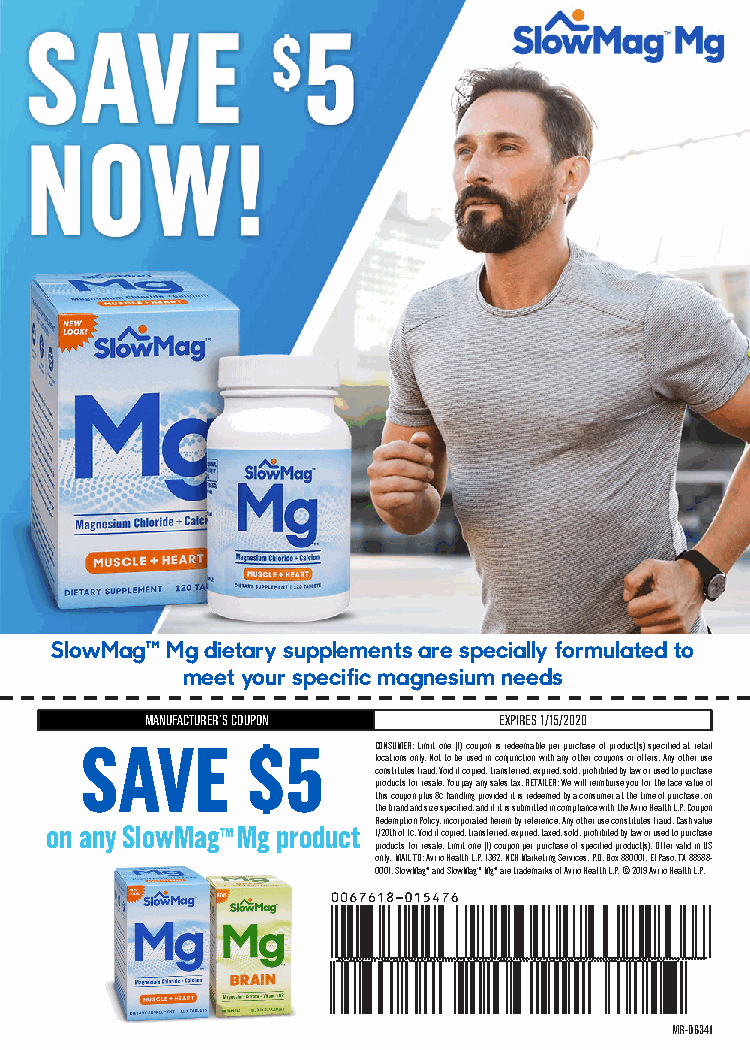
SlowMag™ Mg dietary supplements are specially formulated to
 meet your specific magnesium needs
 MANUFACTURER’S COUPON  EXPIRES 1/15/2020
 SAVE       $5       CONSUMER: Limit one (1) coupon is redeemable per purchase of product(s) specified at retail
 locations only. Not to be used in conjunction with any other coupons or offers. Any other use
 constitutes fraud. Void if copied, transferred, expired, sold, prohibited by law or used to purchase
 products for resale. You pay any sales tax. RETAILER: We will reimburse you for the face value of
 this coupon plus 8¢ handling provided it is redeemed by a consumer at the time of purchase, on
 the brand and size specified, and if it is submitted in compliance with the Avrio Health L.P. Coupon
 Redemption Policy, incorporated herein by reference. Any other use constitutes fraud. Cash value
 on any SlowMagTM Mg product 1/20th of 1¢. Void if copied, transferred, expired, taxed, sold, prohibited by law or used to purchase
 products for resale. Limit one (1) coupon per purchase of specified product(s). Offer valid in US
 only. MAIL TO: Avrio Health L.P. 1362, NCH Marketing Services, P.O. Box 880001, El Paso, TX 88588-
 0001. SlowMagTM and SlowMagTM MgTM are trademarks of Avrio Health L.P. © 2019 Avrio Health L.P.
 MR-06341